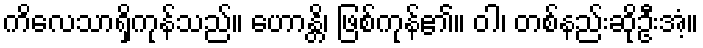
ကိလေသာရှိကုန်သည်။ ဟောန္တိ၊ ဖြစ်ကုန်၏။ ဝါ၊ တစ်နည်းဆိုဦးအံ့။